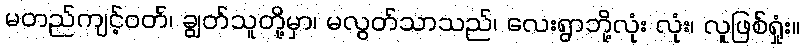
မတည်ကျင့်ဝတ်၊ ချွတ်သူတို့မှာ၊ မလွတ်သာသည်၊ လေးရွာဘို့လုံး လုံး၊ လူဖြစ်ရှုံး။